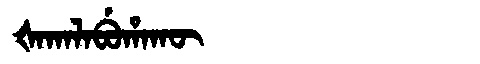
Manchu: ᡧᠠᡴᠠᠯᠠᠪᡠᡥᠠᡴᡡ
Romanization: ŠAKALABUHAKŪ